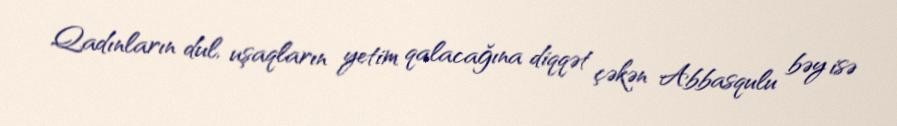
Qadınların dul, uşaqların yetim qalacağına diqqət çəkən Abbasqulu bəy isə